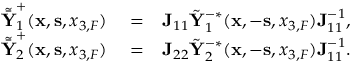
\begin{array} { r l r } { \tilde { \bar { { \bf Y } } } _ { 1 } ^ { + } ( { { \bf x } } , { { \bf s } } , { x _ { 3 , F } } ) } & { { } = } & { { \bf J } _ { 1 1 } \tilde { \bf Y } _ { 1 } ^ { - * } ( { { \bf x } } , - { { \bf s } } , { x _ { 3 , F } } ) { \bf J } _ { 1 1 } ^ { - 1 } , } \\ { \tilde { \bar { { \bf Y } } } _ { 2 } ^ { + } ( { { \bf x } } , { { \bf s } } , { x _ { 3 , F } } ) } & { { } = } & { { \bf J } _ { 2 2 } \tilde { \bf Y } _ { 2 } ^ { - * } ( { { \bf x } } , - { { \bf s } } , { x _ { 3 , F } } ) { \bf J } _ { 1 1 } ^ { - 1 } . } \end{array}